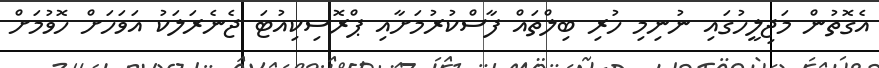
އެގޮތުން މަޖިލީހުގައި ނުނިމި ހުރި ބިލްތައް ފާސްކުރުމަށާއި ޕްރޮސިކިއުޓަ ޖެނެރަލަކު އަވަހަށް ހޮވުމަށް